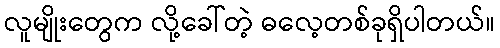
လူမျိုးတွေက လို့ခေါ်တဲ့ ဓလေ့တစ်ခုရှိပါတယ်။